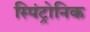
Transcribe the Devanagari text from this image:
स्पिंट्रोनिक